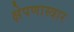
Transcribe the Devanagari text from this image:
क्षेपणास्त्रार